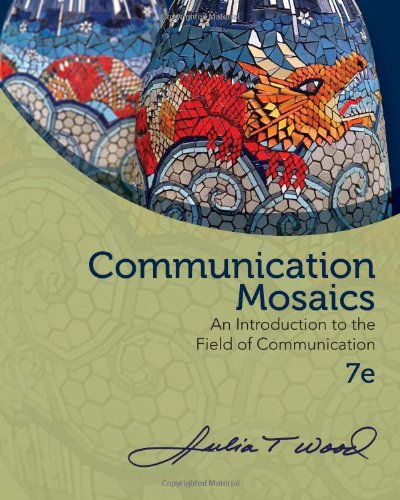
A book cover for Communication Mosaics: An Introduction to the Field of Communication; Julia T. Wood; Humor & Entertainment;